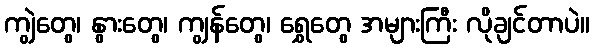
ကျွဲတွေ၊ နွားတွေ၊ ကျွန်တွေ၊ ရွှေတွေ အများကြီး လိုချင်တာပဲ။